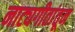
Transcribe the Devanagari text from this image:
नाट्यगीतांतून